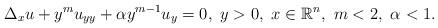
LaTeX: \begin{align*}\Delta_xu+y^mu_{yy}+\alpha y^{m-1}u_y=0,~y>0,~x\in\mathbb{R}^n,~m<2,~\alpha<1.\end{align*}